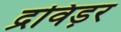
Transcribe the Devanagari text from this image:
द्रविड़र